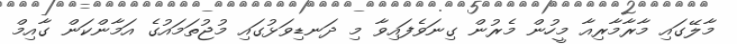
މާލޭގައި މާރާމާރިއާ މީހުން މެރުން ގިނަވެފައިވާ މި ދަނޑިވަޅުގައި މުޖުތަމައުގެ އަމާންކަން ގާއިމް